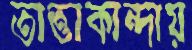
তাত্তাকান্দায়